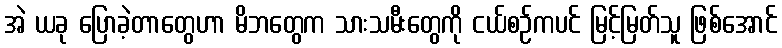
အဲ ယခု ပြောခဲ့တာတွေဟာ မိဘတွေက သားသမီးတွေကို ငယ်စဉ်ကပင် မြင့်မြတ်သူ ဖြစ်အောင်